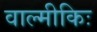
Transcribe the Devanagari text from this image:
वाल्मीकिः